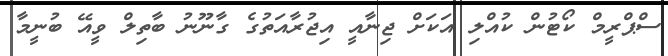
ސްޕްރީމް ކޯޓުން ކުއްލި އަކަށް ޖިނާއީ އިޖުރާއަތުގެ ގާނޫނު ބާތިލް ވީއޭ ބުނީމާ